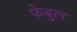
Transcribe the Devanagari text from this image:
फेबुल